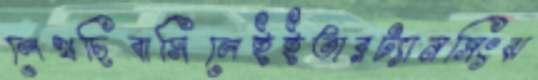
লেখছিবাসিলেইইতারট্যানসিংঝ